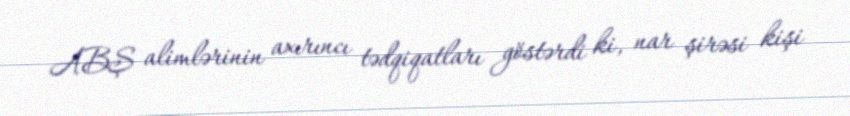
ABŞ alimlərinin axırıncı tədqiqatları göstərdi ki, nar şirəsi kişi